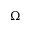
\Omega